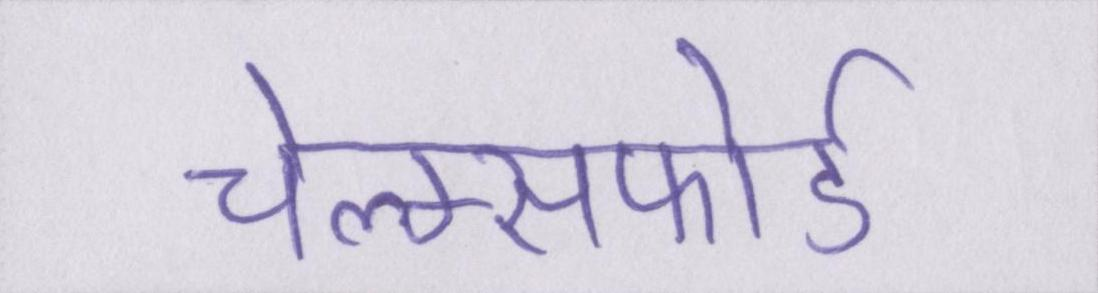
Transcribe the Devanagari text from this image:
चेल्म्सफोर्ड